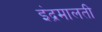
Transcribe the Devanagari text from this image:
इंद्रमालती